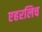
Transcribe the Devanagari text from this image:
एहरलिच